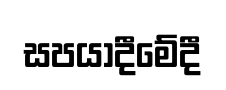
සපයාදීමේදී